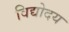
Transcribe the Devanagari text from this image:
विद्योदय